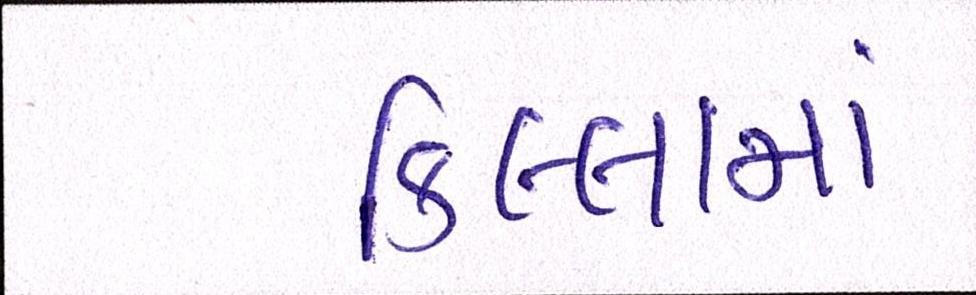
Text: કિલ્લામાં